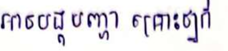
អាចបង្កបញ្ហា គ្រោះថ្នាក់